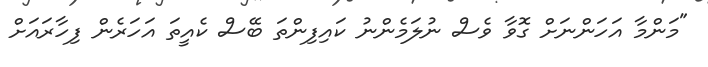
"މަންމާ އަހަންނަށް ގޮވާ ވެސް ނުލަމެންނު ކައިފިންތަ ބޭސް ކެއީތަ އަހަރެން ފިހާރައަށް